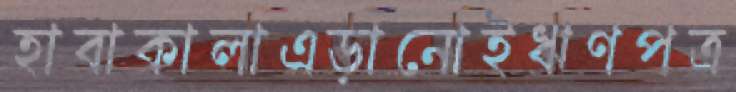
হাবাকালাএড়ানোইঋণপত্র